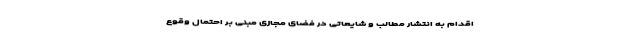
اقدام به انتشار مطالب و شایعاتی در فضای مجازی مبنی بر احتمال وقوع